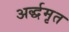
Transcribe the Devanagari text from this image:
अर्द्धमृत